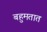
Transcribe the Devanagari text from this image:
बहुमतात